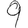
Digit: 9